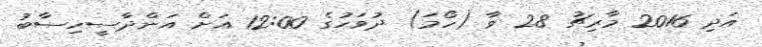
އަދި 2016 މާރިޗު 28 ވާ (ހޯމަ) ދުވަހުގެ 12:00 އަށް އަންދާސީހިސާބު